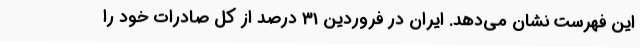
این فهرست نشان می‌دهد. ایران در فروردین 31 درصد از کل صادرات خود را